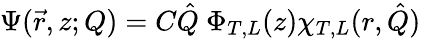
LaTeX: \Psi(\vec{r},z;Q)=C\hat{Q}\ \Phi_{T,L}(z)\chi_{T,L}(r,\hat{Q})